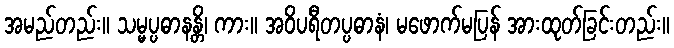
အမည်တည်း။ သမ္မပ္ပဓာနန္တိ၊ ကား။ အဝိပရီတပ္ပဓာနံ၊ မဖောက်မပြန် အားထုတ်ခြင်းတည်း။